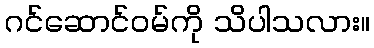
ဂင်ဆောင်ဝမ်ကို သိပါသလား။